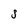
Character: S